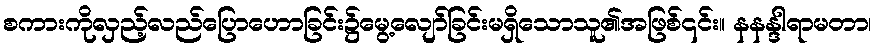
စကားကိုလှည့်လည်ပြောဟောခြင်း၌မွေ့လျော်ခြင်းမရှိသောသူ၏အဖြစ်၎င်း။ နနန္ဒါရာမတာ၊